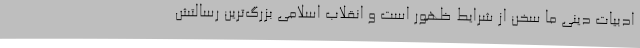
ادبیات دینی ما سخن از شرایط ظهور است و انقلاب اسلامی بزرگ‌ترین رسالتش